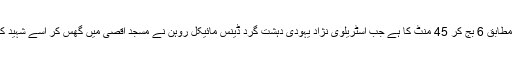
یہ واقعہ 21 اگست سنہ 1947 کی صبح مقامی وقت کے مطابق 6 بج کر 45 منٹ کا ہے جب آسٹریلوی نژاد یہودی دہشت گرد ڈینس مائیکل روہن نے مسجد اقصیٰ میں گھس کر اسے شہید کرنے کی مذموم اور ناقابل فراموش جسارت کا ارتکاب کیا۔